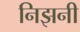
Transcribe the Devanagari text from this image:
निझनी